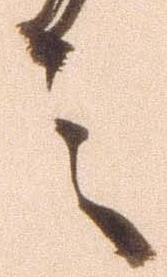
言